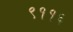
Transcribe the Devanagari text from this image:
९११६